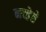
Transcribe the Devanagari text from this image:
नव्हेते